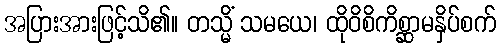
အပြားအားဖြင့်သိ၏။ တသ္မိံ သမယေ၊ ထိုဝိစိကိစ္ဆာမနှိပ်စက်